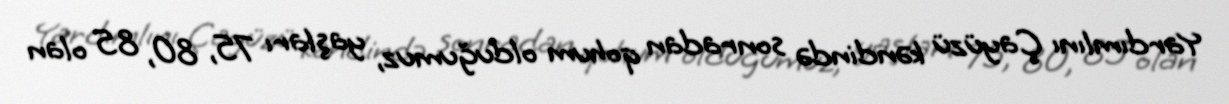
Yardımlını Çayüzü kəndində sonradan qohum olduğumuz, yaşları 75, 80, 85 olan